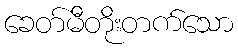
ခေတ်မီတိုးတက်သော